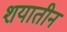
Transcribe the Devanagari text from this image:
शयातीन